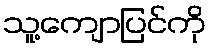
သူ့ကျောပြင်ကို